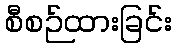
စီစဉ်ထားခြင်း